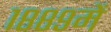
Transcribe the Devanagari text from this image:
१८८९में